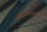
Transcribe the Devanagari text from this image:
ख़ोज़्याय्स्त्वो